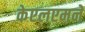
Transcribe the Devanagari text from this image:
केएलएमने